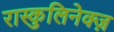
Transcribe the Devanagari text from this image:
रास्कुलिनेक्ज़